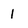
Character: 1